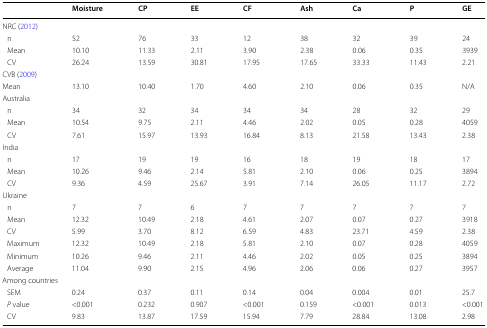
<table><thead><tr><td></td><td><b>Moisture</b></td><td><b>CP</b></td><td><b>EE</b></td><td><b>CF</b></td><td><b>Ash</b></td><td><b>Ca</b></td><td><b>P</b></td><td><b>GE</b></td></tr></thead><tbody><tr><td colspan="9">NRC (2012)</td></tr><tr><td> n</td><td>52</td><td>76</td><td>33</td><td>12</td><td>38</td><td>32</td><td>39</td><td>24</td></tr><tr><td> Mean</td><td>10.10</td><td>11.33</td><td>2.11</td><td>3.90</td><td>2.38</td><td>0.06</td><td>0.35</td><td>3939</td></tr><tr><td> CV</td><td>26.24</td><td>13.59</td><td>30.81</td><td>17.95</td><td>17.65</td><td>33.33</td><td>11.43</td><td>2.21</td></tr><tr><td colspan="9">CVB (2009)</td></tr><tr><td>Mean</td><td>13.10</td><td>10.40</td><td>1.70</td><td>4.60</td><td>2.10</td><td>0.06</td><td>0.35</td><td>N/A</td></tr><tr><td colspan="9">Australia</td></tr><tr><td> n</td><td>34</td><td>32</td><td>34</td><td>34</td><td>34</td><td>28</td><td>32</td><td>29</td></tr><tr><td> Mean</td><td>10.54</td><td>9.75</td><td>2.11</td><td>4.46</td><td>2.02</td><td>0.05</td><td>0.28</td><td>4059</td></tr><tr><td> CV</td><td>7.61</td><td>15.97</td><td>13.93</td><td>16.84</td><td>8.13</td><td>21.58</td><td>13.43</td><td>2.38</td></tr><tr><td colspan="9">India</td></tr><tr><td> n</td><td>17</td><td>19</td><td>19</td><td>16</td><td>18</td><td>19</td><td>18</td><td>17</td></tr><tr><td> Mean</td><td>10.26</td><td>9.46</td><td>2.14</td><td>5.81</td><td>2.10</td><td>0.06</td><td>0.25</td><td>3894</td></tr><tr><td> CV</td><td>9.36</td><td>4.59</td><td>25.67</td><td>3.91</td><td>7.14</td><td>26.05</td><td>11.17</td><td>2.72</td></tr><tr><td colspan="9">Ukraine</td></tr><tr><td> n</td><td>7</td><td>7</td><td>6</td><td>7</td><td>7</td><td>7</td><td>7</td><td>7</td></tr><tr><td> Mean</td><td>12.32</td><td>10.49</td><td>2.18</td><td>4.61</td><td>2.07</td><td>0.07</td><td>0.27</td><td>3918</td></tr><tr><td> CV</td><td>5.99</td><td>3.70</td><td>8.12</td><td>6.59</td><td>4.83</td><td>23.71</td><td>4.59</td><td>2.38</td></tr><tr><td> Maximum</td><td>12.32</td><td>10.49</td><td>2.18</td><td>5.81</td><td>2.10</td><td>0.07</td><td>0.28</td><td>4059</td></tr><tr><td> Minimum</td><td>10.26</td><td>9.46</td><td>2.11</td><td>4.46</td><td>2.02</td><td>0.05</td><td>0.25</td><td>3894</td></tr><tr><td> Average</td><td>11.04</td><td>9.90</td><td>2.15</td><td>4.96</td><td>2.06</td><td>0.06</td><td>0.27</td><td>3957</td></tr><tr><td colspan="9">Among countries</td></tr><tr><td> SEM</td><td>0.24</td><td>0.37</td><td>0.11</td><td>0.14</td><td>0.04</td><td>0.004</td><td>0.01</td><td>25.7</td></tr><tr><td> <i>P</i> value</td><td>&lt;0.001</td><td>0.232</td><td>0.907</td><td>&lt;0.001</td><td>0.159</td><td>&lt;0.001</td><td>0.013</td><td>&lt;0.001</td></tr><tr><td> CV</td><td>9.83</td><td>13.87</td><td>17.59</td><td>15.94</td><td>7.79</td><td>28.84</td><td>13.08</td><td>2.98</td></tr></tbody></table>